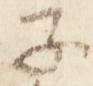
子